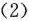
(2)